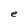
Character: e